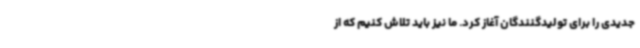
جدیدی را برای تولیدگنندگان آغاز کرد. ما نیز باید تلاش کنیم که از